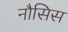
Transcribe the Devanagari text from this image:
नौसिस